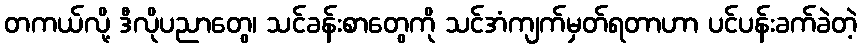
တကယ်လို့ ဒီလိုပညာတွေ၊ သင်ခန်းစာတွေကို သင်အံကျက်မှတ်ရတာဟာ ပင်ပန်းခက်ခဲတဲ့